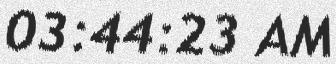
03:44:23 AM